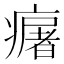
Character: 𤺈